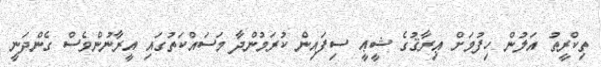
ތިކްރީތު އަލުން ހިފުމަށް ޢިރާޤުގެ ޝީޢީ ސިފައިން ކުރަމުންދާ މަސައްކަތުގައި އީރާނުންވެސް ގެންދަނީ